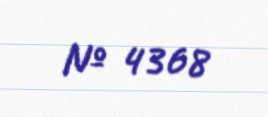
№ 4368